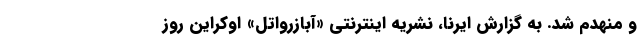
و منهدم شد. به گزارش ایرنا، نشریه اینترنتی «آبازرواتل» اوکراین روز